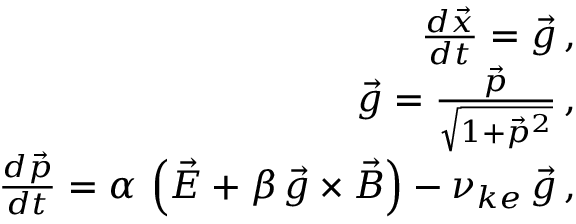
\begin{array} { r l r } & { } & { \frac { d \vec { x } } { d t } = \vec { g } \, , } \\ & { } & { \vec { g } = \frac { \vec { p } } { \sqrt { 1 + \vec { p } ^ { 2 } } } \, , } \\ & { } & { \frac { d \vec { p } } { d t } = \alpha \, \left( \vec { E } + \beta \, \vec { g } \times \vec { B } \right) - \nu _ { k e } \, \vec { g } \, , } \end{array}